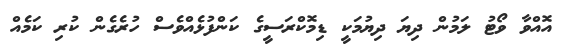
އޮއްވާ ވޯޓު ލަމުން ދިޔަ ދިޔުމަކީ ޑިމޮކްރަސީގެ ކަންފުޅެއްވެސް ހުރެގެން ކުރި ކަމެއް